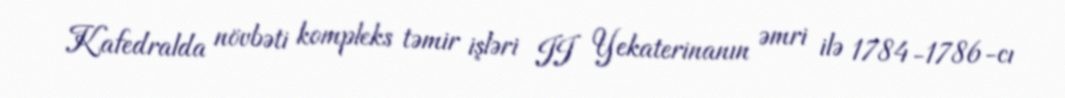
Kafedralda növbəti kompleks təmir işləri II Yekaterinanın əmri ilə 1784-1786-cı